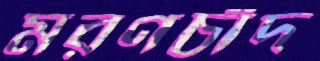
মরণচাঁদ